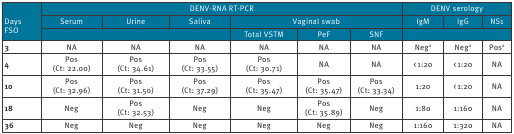
<table><thead><tr><td rowspan="3"><b> DaysFSO</b></td><td colspan="6"><b>DENV-RNA RT-PCR</b></td><td colspan="3"><b>DENV serology</b></td></tr><tr><td><b>Serum</b></td><td><b>Urine</b></td><td><b>Saliva</b></td><td colspan="3"><b>Vaginal swab</b></td><td><b>IgM</b></td><td><b>IgG</b></td><td><b>NS1</b></td></tr><tr><td colspan="3"></td><td><b>Total VSTM</b></td><td><b>PeF</b></td><td><b>SNF</b></td><td colspan="3"></td></tr></thead><tbody><tr><td><b>3</b></td><td>NA</td><td>NA</td><td>NA</td><td>NA</td><td>NA</td><td>NA</td><td>Neg<sup>a</sup></td><td>Neg<sup>a</sup></td><td>Pos<sup>a</sup></td></tr><tr><td><b>4</b></td><td>Pos(Ct: 22.00)</td><td>Pos(Ct: 34.61)</td><td>Pos(Ct: 33.55)</td><td>Pos(Ct: 30.71)</td><td>NA</td><td>NA</td><td>&lt; 1:20</td><td>&lt; 1:20</td><td>NA</td></tr><tr><td><b>10</b></td><td>Pos(Ct: 32.96)</td><td>Pos(Ct: 31.50)</td><td>Pos(Ct: 37.29)</td><td>Pos(Ct: 35.47)</td><td>Pos(Ct: 35.47)</td><td>Pos(Ct: 33.34)</td><td>1:20</td><td>&lt; 1:20</td><td>NA</td></tr><tr><td><b>18</b></td><td>Neg</td><td>Pos(Ct: 32.53)</td><td>Neg</td><td>Neg</td><td>Pos(Ct: 35.89)</td><td>Neg</td><td>1:80</td><td>1:160</td><td>NA</td></tr><tr><td><b>36</b></td><td>Neg</td><td>Neg</td><td>Neg</td><td>Neg</td><td>Neg</td><td>Neg</td><td>1:160</td><td>1:320</td><td>NA</td></tr></tbody></table>